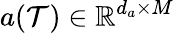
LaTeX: a(\mathcal{T})\in\mathbb{R}^{d_{a}\times M}